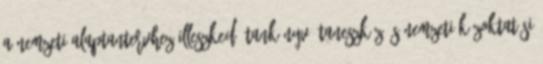
A NEMZETI ALAPTANTERVHEZ ILLESZKEDŐ TANKÖNYV, TANESZKÖZ ÉS NEMZETI KÖZOKTATÁSI